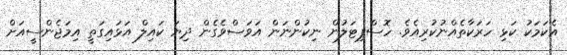
އެކަމަކު ކަޅި ހަރަކާތެއްނުކުރިއެވެ. ހޮސްޕިޓަލުން ނިކުންނަން އަވަސްވެގެން ދިޔަ ކައިލް އަޅައިގަތީ އިމަޖެންސީއަށް